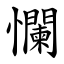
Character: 㦨